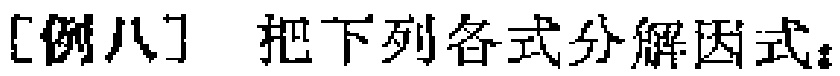
[例八] 把下列各式分解因式：